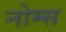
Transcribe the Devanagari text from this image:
नोम्स